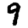
Digit: 9